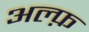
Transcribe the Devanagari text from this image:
अल्फ़